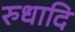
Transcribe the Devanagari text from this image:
रुधादि